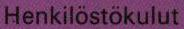
Henkilöstökulut